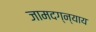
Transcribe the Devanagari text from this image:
जामदग्न्याय